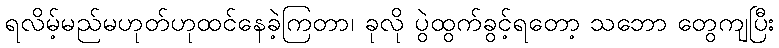
ရလိမ့်မည်မဟုတ်ဟုထင်နေခဲ့ကြတာ၊ ခုလို ပွဲထွက်ခွင့်ရတော့ သဘော တွေကျပြီး